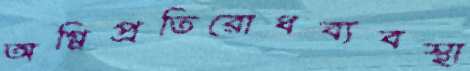
অগ্নিপ্রতিরোধব্যবস্থা